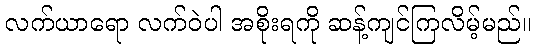
လက်ယာရော လက်ဝဲပါ အစိုးရကို ဆန့်ကျင်ကြလိမ့်မည်။